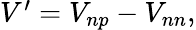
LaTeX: \begin{array}{r}{V^{\prime}=V_{np}-V_{nn},}\end{array}